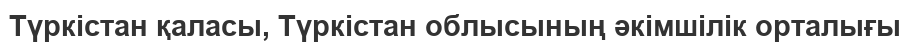
Түркістан қаласы, Түркістан облысының әкімшілік орталығы